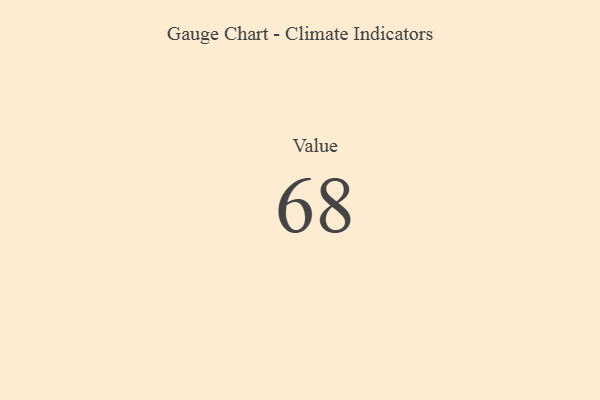
{"axis": {"x": "Metric", "y": "Value"}, "legend": [""], "data": [{"x": "Value", "y": 68, "type": ""}]}